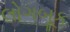
લોગબૂક